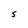
Character: S